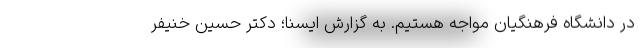
در دانشگاه فرهنگیان مواجه هستیم. به گزارش ایسنا؛ دکتر حسین خنیفر